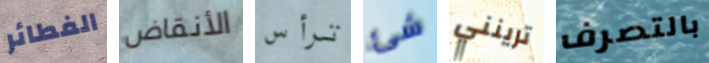
الفطائر الأنقاض ترأس شئ ترينني بالتصرف